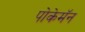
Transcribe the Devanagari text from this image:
पोकेमॅन